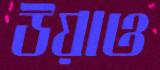
উয়াও